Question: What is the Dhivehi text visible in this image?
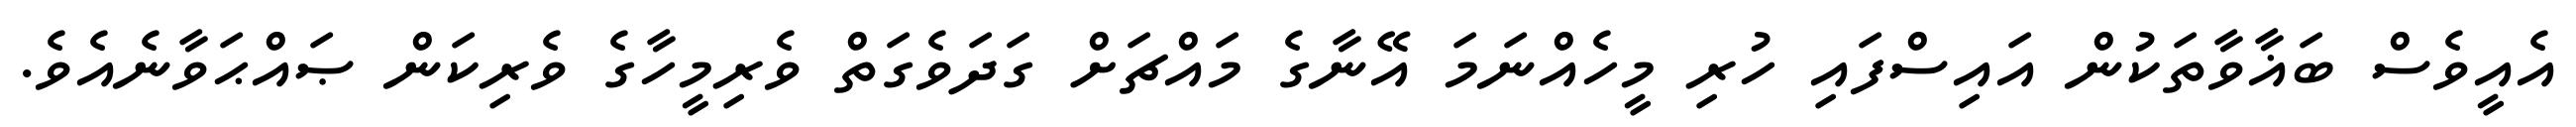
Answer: އެއީވެސް ބަޣާވާތަކުން އައިސްފައި ހުރި މީހެއްނަމަ އޭނާގެ މައްޗަށް ގަދަވެގަތް ވެރިމީހާގެ ވެރިކަން ޞައްޙަވާނެއެވެ.